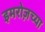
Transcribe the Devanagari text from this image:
इमरोज़च्या